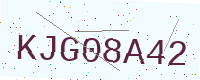
Text: KJG08A42